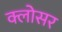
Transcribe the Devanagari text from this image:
क्लोसर